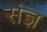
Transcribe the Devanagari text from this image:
संज्ञ